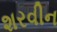
શરવીન